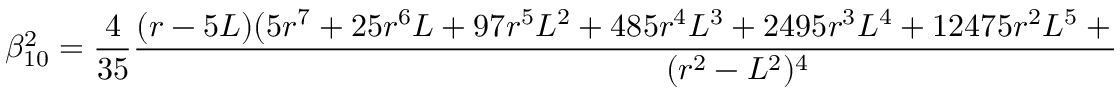
\beta _ { 1 0 } ^ { 2 } = \frac { 4 } { 3 5 } \frac { ( r - 5 L ) ( 5 r ^ { 7 } + 2 5 r ^ { 6 } L + 9 7 r ^ { 5 } L ^ { 2 } + 4 8 5 r ^ { 4 } L ^ { 3 } + 2 4 9 5 r ^ { 3 } L ^ { 4 } + 1 2 4 7 5 r ^ { 2 } L ^ { 5 } + 6 2 2 3 5 L ^ { 6 } + 7 L ^ { 7 } ) } { ( r ^ { 2 } - L ^ { 2 } ) ^ { 4 } } .